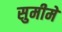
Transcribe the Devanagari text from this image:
सुमीमे